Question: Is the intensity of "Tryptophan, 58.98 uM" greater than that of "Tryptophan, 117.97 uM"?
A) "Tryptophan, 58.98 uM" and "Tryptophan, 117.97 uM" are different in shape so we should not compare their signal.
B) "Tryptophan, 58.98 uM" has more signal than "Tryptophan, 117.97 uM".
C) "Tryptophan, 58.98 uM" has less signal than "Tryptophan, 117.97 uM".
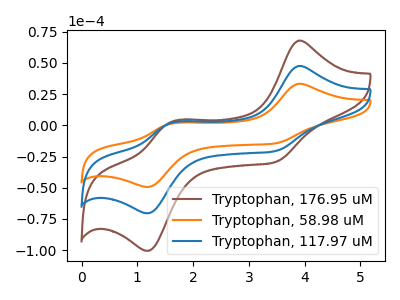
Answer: <think>The brown curve "Tryptophan, 176.95 uM" has anodic peaks at (3.90V, 95.00uA) (1.60V, 3.20uA) and cathodic peaks at (3.50V, -41.25uA) (1.20V, -140.80uA). The orange curve "Tryptophan, 58.98 uM" has anodic peaks at (3.90V, 33.30uA) (1.60V, 1.10uA) and cathodic peaks at (3.50V, -14.45uA) (1.20V, -49.30uA). The blue curve "Tryptophan, 117.97 uM" has anodic peaks at (3.90V, 47.50uA) (1.60V, 1.60uA) and cathodic peaks at (3.50V, -20.65uA) (1.20V, -70.40uA).
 All the peaks in "Tryptophan, 58.98 uM" have a peak in "Tryptophan, 117.97 uM" at the same potential. Every peak in "Tryptophan, 58.98 uM" is lower than every peak in "Tryptophan, 117.97 uM".</think>
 <answer>C) "Tryptophan, 58.98 uM" has less signal than "Tryptophan, 117.97 uM".</answer>
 <eval>C</eval>